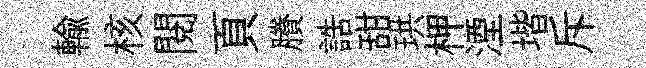
輸核閲頁賸誥甜珙柙湮堦斥